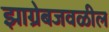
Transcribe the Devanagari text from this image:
झाग्रेबजवळील